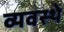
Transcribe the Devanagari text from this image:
व्यवस्थे